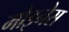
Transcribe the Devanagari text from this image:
मोइनेस